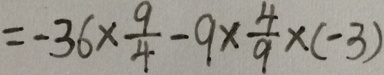
= - 3 6 \times \frac { 9 } { 4 } - 9 \times \frac { 4 } { 9 } \times ( - 3 )